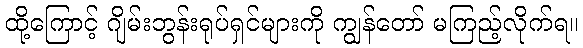
ထို့ကြောင့် ဂျိမ်းဘွန်းရုပ်ရှင်များကို ကျွန်တော် မကြည့်လိုက်ရ။